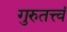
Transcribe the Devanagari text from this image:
गुरुतत्त्वं